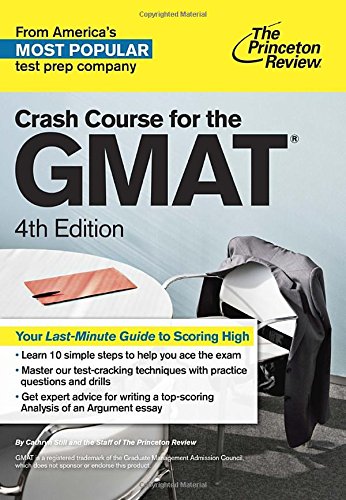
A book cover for Crash Course for the GMAT, 4th Edition (Graduate School Test Preparation); Princeton Review; Test Preparation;